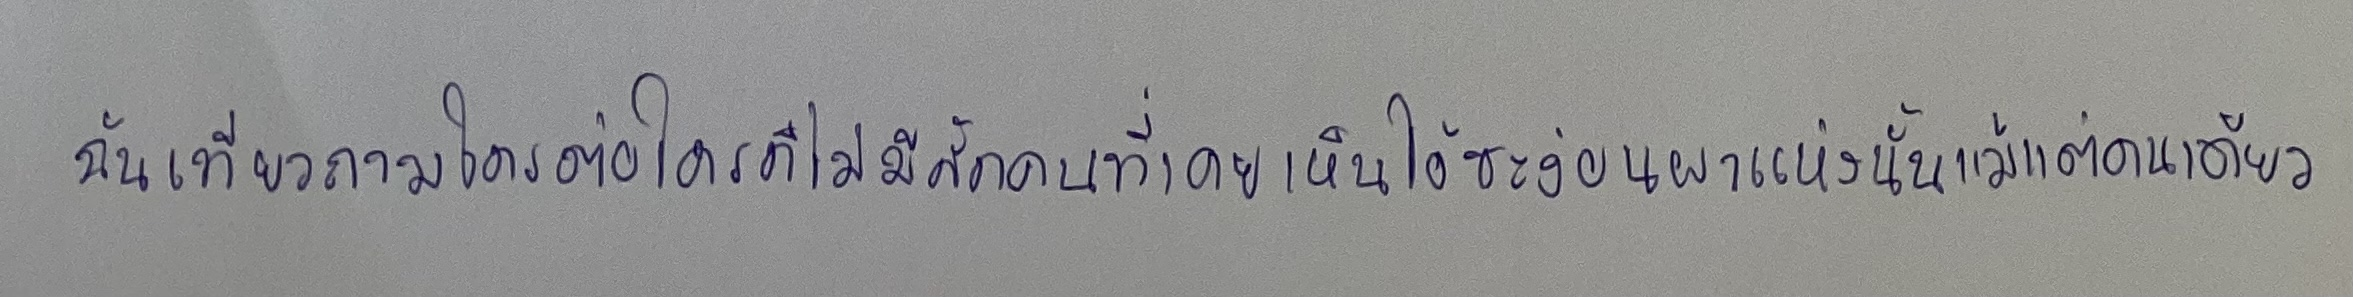
"ฉันเที่ยวถามใครต่อใครก็ไม่มีสักคนที่เคยเห็นไอ้ชะง่อนผาแห่งนั้นแม้แต่คนเดียว